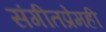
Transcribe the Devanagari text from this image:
संगीतप्रेमही